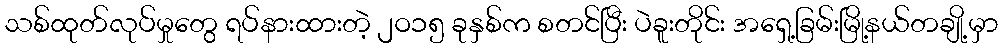
သစ်ထုတ်လုပ်မှုတွေ ရပ်နားထားတဲ့ ၂ဝ၁၅ ခုနှစ်က စတင်ပြီး ပဲခူးတိုင်း အရှေ့ခြမ်းမြို့နယ်တချို့မှာ